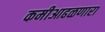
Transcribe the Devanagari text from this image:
कमीआढळणारा